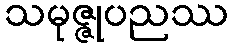
သမုဇ္ဇုပညဿ